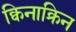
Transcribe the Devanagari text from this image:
क्विनाक्रिन